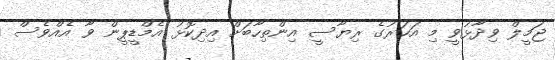
ޖަމީލް ވިދާޅުވީ މި އަހަރުގެ ރިޔާސީ އިންތިހާބަށް އިދިކޮޅު އެމްޑީޕީން ވާ އެއްވެސް